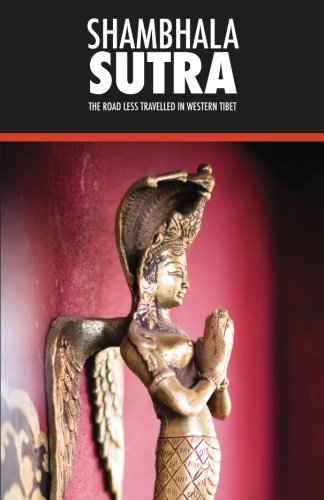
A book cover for Shambhala Sutra: The Road Less Travelled in Western Tibet [Full Color] (Himalayan Notes) (Volume 2); Laurence J. Brahm; Travel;